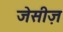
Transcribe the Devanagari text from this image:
जेसीज़